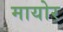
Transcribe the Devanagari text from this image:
मायोर